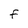
Character: F